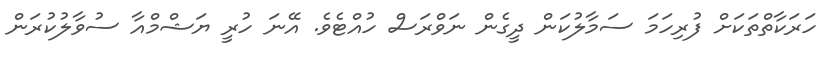
ހަރަކާތްތަކަށް ފުރިހަމަ ސަމާލުކަން ދީގެން ނަވްރަސް ހުއްޓެވެ. އޭނަ ހުރީ ޔަޝްމްއާ ސުވާލުކުރަން